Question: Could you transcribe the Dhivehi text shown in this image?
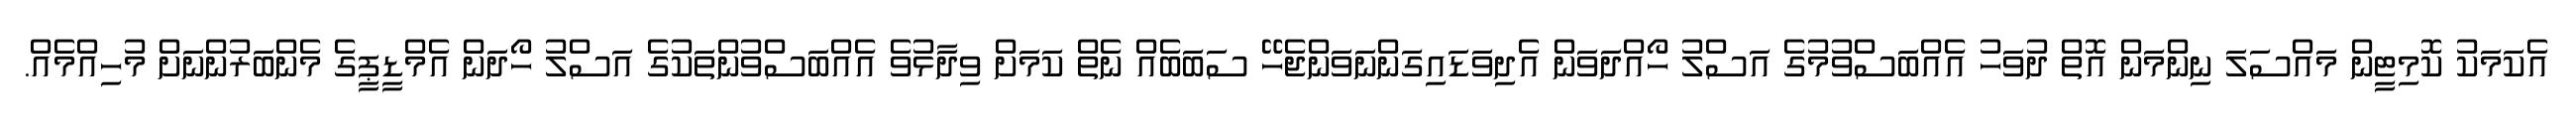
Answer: އެކަމަކު ކޮމިޓީން މައްސަލަ ނިންމަން އޮތް ދުވަހު އެއްބަސްވުމުގެ އަސްލު ހޯއްދަވަން އެދިވަޑައިގަންނަވަންޖެހޭ ސަބަބެއް ނެތް ކަމަށް ވިދާޅުވެ އެއްބަސްވުންތަކުގެ އަސްލު ހޯދަން އެމްޑީޕީގެ މެންބަރުންނަށް މުހިއްމެއް.